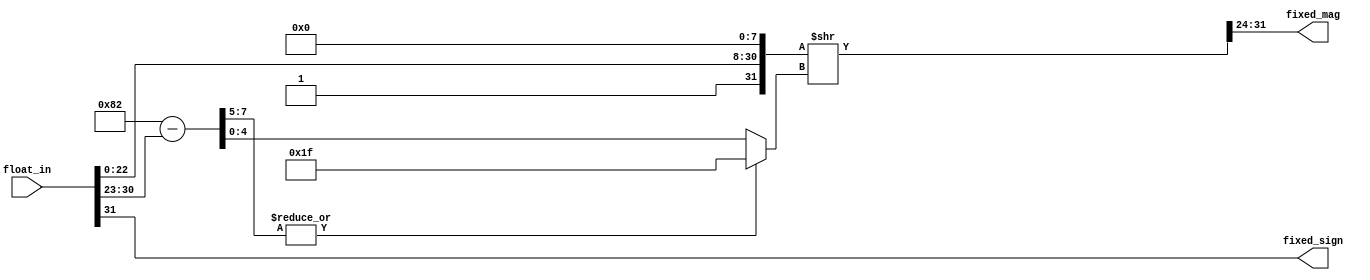
// Copyright 2007 Altera Corporation. All rights reserved.  
// Altera products are protected under numerous U.S. and foreign patents, 
// maskwork rights, copyrights and other intellectual property laws.  
//
// This reference design file, and your use thereof, is subject to and governed
// by the terms and conditions of the applicable Altera Reference Design 
// License Agreement (either as signed by you or found at www.altera.com).  By
// using this reference design file, you indicate your acceptance of such terms
// and conditions between you and Altera Corporation.  In the event that you do
// not agree with such terms and conditions, you may not use the reference 
// design file and please promptly destroy any copies you have made.
//
// This reference design file is being provided on an "as-is" basis and as an 
// accommodation and therefore all warranties, representations or guarantees of 
// any kind (whether express, implied or statutory) including, without 
// limitation, warranties of merchantability, non-infringement, or fitness for
// a particular purpose, are specifically disclaimed.  By making this reference
// design file available, Altera expressly does not recommend, suggest or 
// require that this reference design file be used in combination with any 
// other product not provided by Altera.
/////////////////////////////////////////////////////////////////////////////

module float_to_fixed (
	float_in,
	fixed_sign,
	fixed_mag
);

parameter FIXED_WIDTH = 8; // must not be > 32
parameter FIXED_FRACTIONAL = 4;

input [31:0] float_in;
output fixed_sign;
output [FIXED_WIDTH-1:0] fixed_mag;
	
	wire [7:0] float_exp;
	wire [22:0] float_mantissa;
	assign {fixed_sign, float_exp, float_mantissa} = float_in;

	wire [31:0] working_out = {1'b1,float_mantissa,8'h0};
	
	wire [7:0] shift_dist = 8'd127 + (FIXED_WIDTH-FIXED_FRACTIONAL) - 1
					- float_exp;
	wire [4:0] trunc_shift_dist = (|shift_dist[7:5]) ? 5'b11111 : shift_dist[4:0];

	wire [31:0] shifted_out = working_out >> trunc_shift_dist;
	
	assign fixed_mag = 	shifted_out[31:32-FIXED_WIDTH];
	
endmodule